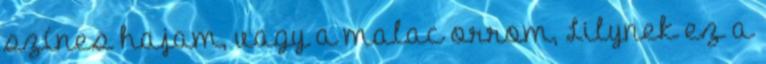
színes hajam, vagy a malac orrom, Lilynek ez a